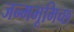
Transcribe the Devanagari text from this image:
जन्मभूमिच्छ